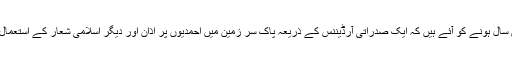
یعنی آج پینتیس سال ہونے کو آئے ہیں کہ ایک صدراتی آرڈیننس کے ذریعہ پاک سر زمین میں احمدیوں پر اذان اور دیگر اسلامی شعار کے استعمال پر پابندی ہے۔